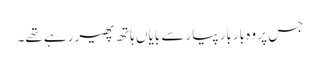
جس پر وہ باربار پیار سے بایاں ہاتھ پھیر رہے تھے۔